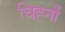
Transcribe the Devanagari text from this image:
चिह्‍नों